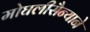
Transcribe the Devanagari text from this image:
मोघलीसैन्याने